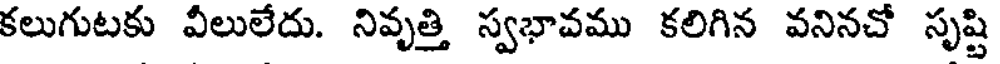
కలుగుటకు వీలులేదు. నివృత్తి స్వభావము కలిగిన వనినచో సృష్టి